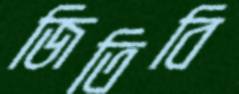
জিতিবি